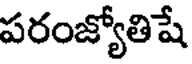
పరంజ్యోతిషే